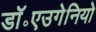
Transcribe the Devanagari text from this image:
डॉ॰एउगेनियो